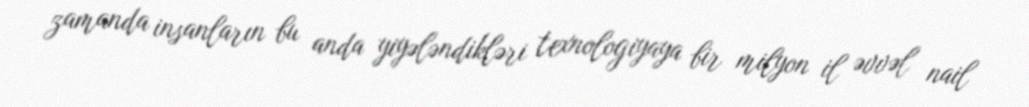
zamanda insanların bu anda yiyələndikləri texnologiyaya bir milyon il əvvəl nail